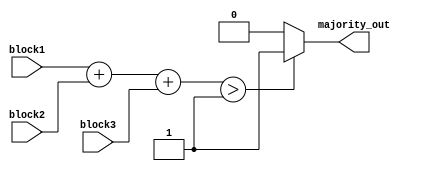
module MajorityVotingDetector (
    input wire block1,      // Input from memory block 1
    input wire block2,      // Input from memory block 2
    input wire block3,      // Input from memory block 3
    output wire majority_out // Output for majority value
);

    // Combinational logic to determine the majority value
    assign majority_out = (block1 + block2 + block3) > 1 ? 1'b1 : 1'b0;

endmodule